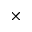
\times